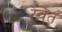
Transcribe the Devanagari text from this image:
रेवेतं